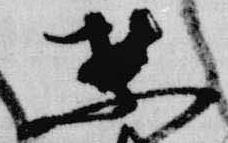
禁